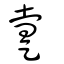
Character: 疐